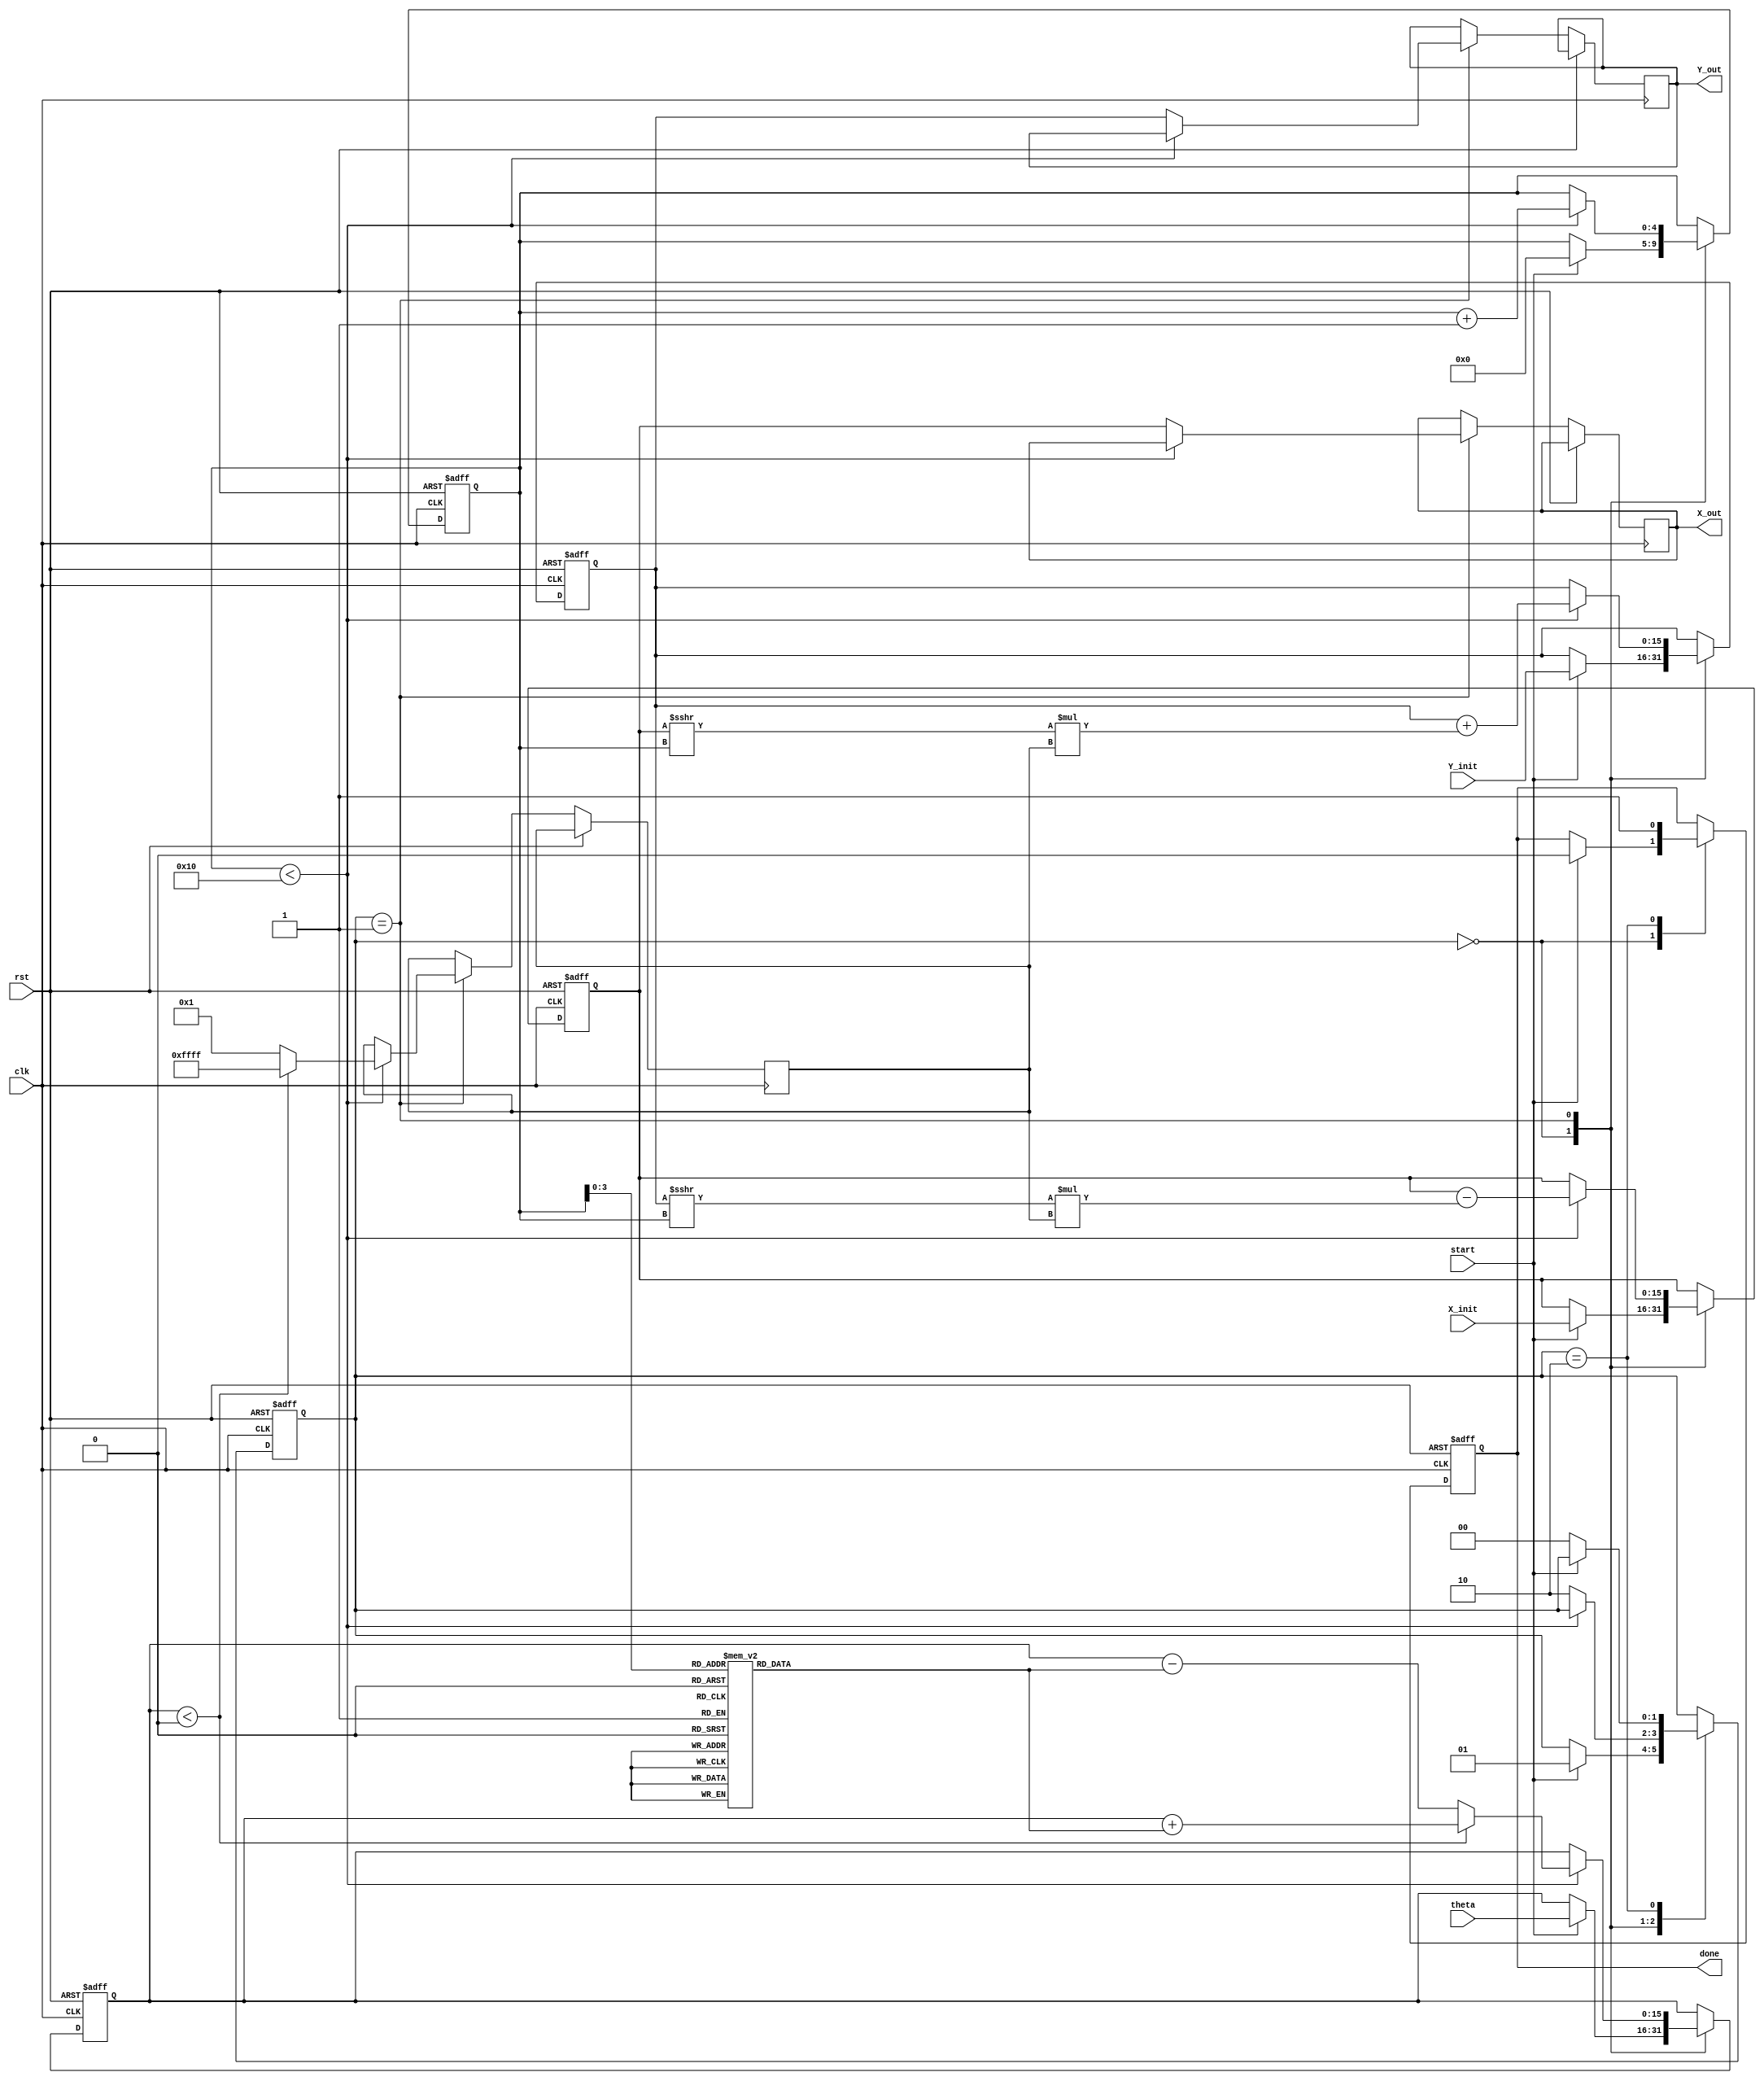
module cordic_fixed_point #(
    parameter N = 16, // Total bits for fixed-point representation
    parameter M = 12, // Fractional bits
    parameter ITERATIONS = 16 // Number of iterations for convergence
)(
    input wire clk,
    input wire rst,
    input wire start,
    input wire signed [N-1:0] theta, // Input angle in fixed-point
    input wire signed [N-1:0] X_init, // Initial X coordinate
    input wire signed [N-1:0] Y_init, // Initial Y coordinate
    output reg signed [N-1:0] X_out, // Output X coordinate
    output reg signed [N-1:0] Y_out, // Output Y coordinate
    output reg done // Done signal
);

    // Internal signals
    reg signed [N-1:0] X, Y;
    reg signed [N-1:0] angle_table [0:ITERATIONS-1];
    reg [4:0] iteration; // 5 bits to count up to ITERATIONS
    reg signed [N-1:0] theta_accum; // Accumulated angle
    reg [1:0] state; // FSM state
    reg signed [N-1:0] d; // Direction

    // Angle table initialization (arctan(2^-i) values)
    initial begin
        angle_table[0] = 16'h3243; // atan(2^0) in fixed-point
        angle_table[1] = 16'h1DAC; // atan(2^-1)
        angle_table[2] = 16'h0FAD; // atan(2^-2)
        angle_table[3] = 16'h07A1; // atan(2^-3)
        angle_table[4] = 16'h03D5; // atan(2^-4)
        angle_table[5] = 16'h01EB; // atan(2^-5)
        angle_table[6] = 16'h00F6; // atan(2^-6)
        angle_table[7] = 16'h007A; // atan(2^-7)
        angle_table[8] = 16'h003E; // atan(2^-8)
        angle_table[9] = 16'h001F; // atan(2^-9)
        angle_table[10] = 16'h000F; // atan(2^-10)
        angle_table[11] = 16'h0007; // atan(2^-11)
        angle_table[12] = 16'h0003; // atan(2^-12)
        angle_table[13] = 16'h0001; // atan(2^-13)
        angle_table[14] = 16'h0001; // atan(2^-14)
        angle_table[15] = 16'h0000; // atan(2^-15)
    end

    // FSM states
    localparam IDLE = 2'b00;
    localparam RUN = 2'b01;
    localparam DONE = 2'b10;

    // Main CORDIC computation
    always @(posedge clk or posedge rst) begin
        if (rst) begin
            X <= 0;
            Y <= 0;
            theta_accum <= 0;
            iteration <= 0;
            state <= IDLE;
            done <= 0;
        end else begin
            case (state)
                IDLE: begin
                    if (start) begin
                        X <= X_init;
                        Y <= Y_init;
                        theta_accum <= theta;
                        iteration <= 0;
                        state <= RUN;
                        done <= 0;
                    end
                end

                RUN: begin
                    if (iteration < ITERATIONS) begin
                        // Determine direction based on angle comparison
                        if (theta_accum < 0) begin
                            d <= -1; // Clockwise
                            theta_accum <= theta_accum + angle_table[iteration];
                        end else begin
                            d <= 1; // Counterclockwise
                            theta_accum <= theta_accum - angle_table[iteration];
                        end

                        // Update coordinates
                        X <= X - (Y >>> iteration) * d;
                        Y <= Y + (X >>> iteration) * d;

                        iteration <= iteration + 1;
                    end else begin
                        X_out <= X;
                        Y_out <= Y;
                        state <= DONE;
                    end
                end

                DONE: begin
                    done <= 1; // Signal that computation is done
                    if (!start) begin
                        state <= IDLE; // Reset state on new start
                    end
                end
            endcase
        end
    end
endmodule